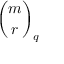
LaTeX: { \binom { m } { r } } _ { q }